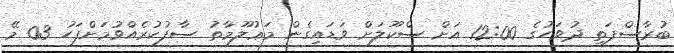
ބުރާސްފަތި ދުވަހުގެ 12:00 އަށް ސްކޫލަށް ވަޑައިގެން މަޢުލޫމާތު ސާފުކުރެއްވުމަށްފަހު 03 މޭ